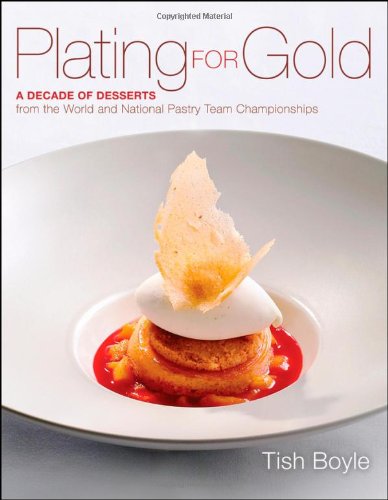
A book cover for Plating for Gold: A Decade of Dessert Recipes from the World and National Pastry Team Championships; Tish Boyle; Cookbooks, Food & Wine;